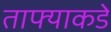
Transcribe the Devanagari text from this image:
ताफ्याकडे